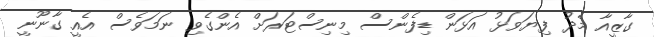
ގާޒީއާ މެދު ފިޔަވަޅު އަޅަން ޑިފެންސް މިނިސްޓަރަށް އެންގެވި ނަމަވެސް އެއީ ގާނޫނީ